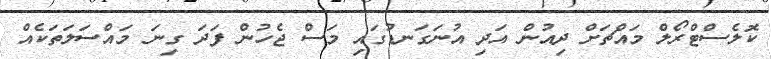
ކޮލެސްޓްރޯލް މައްޗަށް ދިއުން އަދި އުނަގަނޑުގައި މަސް ޖެހުން ފަދަ ގިނަ މައްސަލަތަކެއް